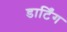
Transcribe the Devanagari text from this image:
डार्टिंग